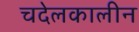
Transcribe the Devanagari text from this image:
चदेलकालीन